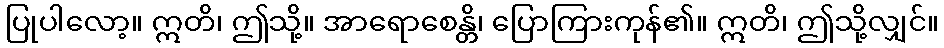
ပြုပါလော့။ ဣတိ၊ ဤသို့။ အာရောစေန္တိ၊ ပြောကြားကုန်၏။ ဣတိ၊ ဤသို့လျှင်။